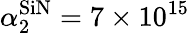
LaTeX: \alpha_{2}^{\textrm{SiN}}=7\times 10^{15}